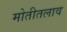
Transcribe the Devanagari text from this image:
मोतीतलाव